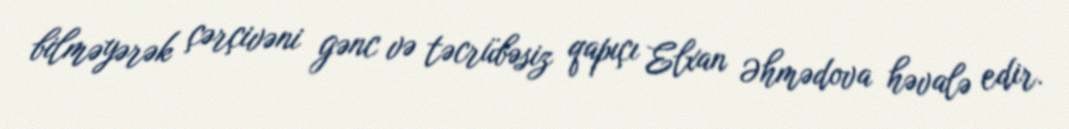
bilməyərək çərçivəni gənc və təcrübəsiz qapıçı Elxan Əhmədova həvalə edir.